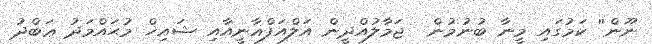
ނޫން'' ކަމުގައި މީނާ ބުނުމުން  ޖަމާލުއްދީން އަލްއަފްޣާނީއާއި ޝައިޚް މުޙައްމަދު ޢަބްދު